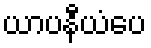
ယာပနီယံပေ